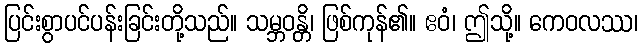
ပြင်းစွာပင်ပန်းခြင်းတို့သည်။ သမ္ဘဝန္တိ၊ ဖြစ်ကုန်၏။ ဧဝံ၊ ဤသို့။ ကေဝလဿ၊